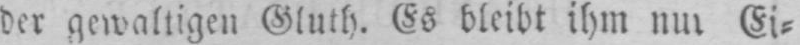
Ei⸗